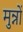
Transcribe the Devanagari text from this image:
मुन्नों